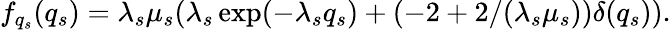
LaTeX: f_{q_{s}}(q_{s})=\lambda_{s}\mu_{s}(\lambda_{s}\exp(-\lambda_{s}q_{s})+(-2+2/(\lambda_{s}\mu_{s}))\delta(q_{s})).